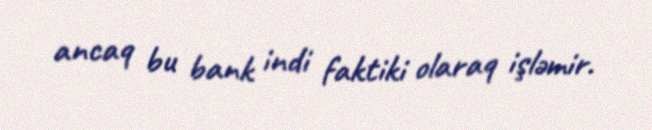
ancaq bu bank indi faktiki olaraq işləmir.